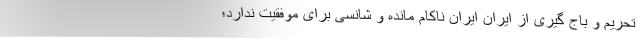
تحریم و باج گیری از ایران ایران ناکام مانده و شانسی برای موفقیت ندارد؛